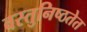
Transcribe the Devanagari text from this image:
वस्तुनिष्ठतेत